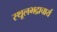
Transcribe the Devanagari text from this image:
स्थूलभद्राचार्य